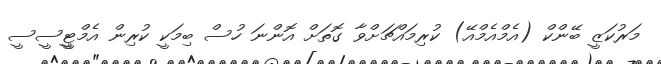
މަރުކަޒީ ބޭންކް (އެމްއެމްއޭ) ކުރިމައްޗަށްވާ ގޮތަށް އޮންނަ ހުސް ބިމަކީ ކުރިން އެމްޓީީސީސީ